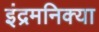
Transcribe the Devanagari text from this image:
इंद्रमनिक्या